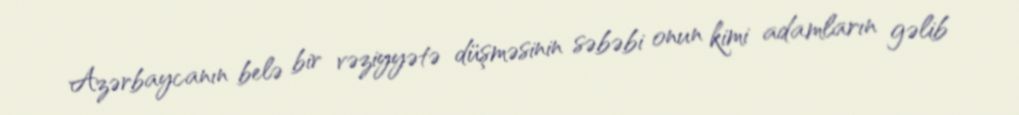
Azərbaycanın belə bir vəziyyətə düşməsinin səbəbi onun kimi adamların gəlib